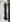
Text: 1